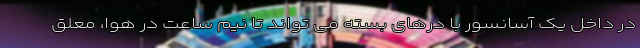
در داخل یک آسانسور با درهای بسته می تواند تا نیم ساعت در هوا، معلق